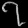
Digit: ၇